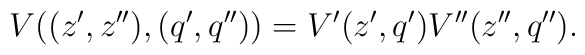
V((z',z''),(q',q''))=V'(z',q')V''(z'',q'') .